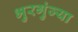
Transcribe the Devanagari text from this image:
भुरगुंज्या